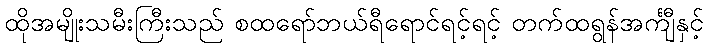
ထိုအမျိုးသမီးကြီးသည် စထရော်ဘယ်ရီရောင်ရင့်ရင့် တက်ထရွန်အင်္ကျီနှင့်